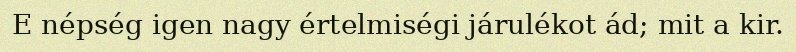
E népség igen nagy értelmiségi járulékot ád; mit a kir.